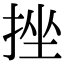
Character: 挫